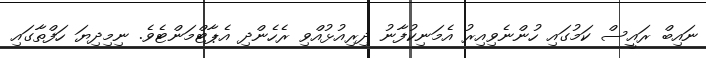
ނައިބް ރައީސް ކަމުގައި ހުންނެވިއިރު އެމަނިކުފާނު ދިރިއުޅުއްވި ރެހެންދި އެޕާޓްމަންޓެވެ. ނިމިދިޔަ ހަފްތާގައި